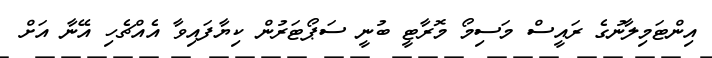
އިންޓަމިލާނުގެ ރައީސް މަސިމޯ މޮރާޓީ ބުނީ ސަޕޯޓަރުން ކިޔާފައިވާ އެއްޗެހި އޭނާ އަށް